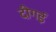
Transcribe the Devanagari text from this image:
दीगई